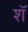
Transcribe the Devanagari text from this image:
शॅ